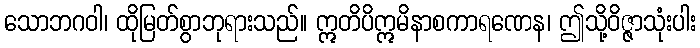
သောဘဂဝါ၊ ထိုမြတ်စွာဘုရားသည်။ ဣတိပိဣမိနာစကာရဏေန၊ ဤသို့ဝိဇ္ဇာသုံးပါး